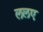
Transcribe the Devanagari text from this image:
ललए